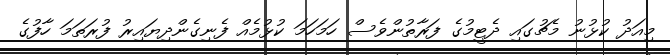
މިއަދު ކުޅުނު މެޗުގައި ދެޓީމުގެ ފަރާތުންވެސް ހަމަހަމަ ކުޅުމެއް ފެނިގެންދިޔައިރު ފުރަތަމަ ހާފުގެ